Report by Surgeon-Captain Childe, I.M.S. - Part II
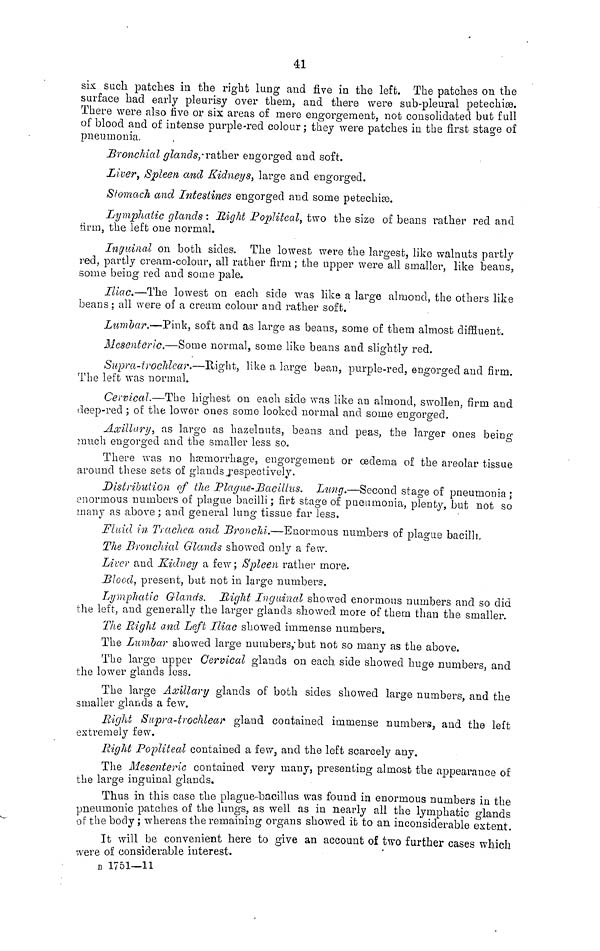
41
six: such patches in the right lung and five in the left. The patches on the
surface had early pleurisy over them, and there were sub-pleural petechiae.
There were also live or six areas of mere engorgement, not consolidated but full
of blood and of intense purple-red colour ; they were patches in the first stage of
pneumonia.
Bronchial glands,.rather engorged and soft.
Liver, Spleen and Kidneys, large and engorged.
Stomach and Intestines engorged and some petechiae.
Lymphatic glands : Might Popliteal, two the size of beans rather red and
tirm, the left one normal.
Inguinal on both sides. The lowest were the largest, like walnuts partly
red, partly cream-colour, all rather firm ; the upper were all smaller, like beans,
some being red and some pale.
Iliac.—The lowest on each side was like a large almond, the others like
beans ; all were of a cream colour and rather soft.
Lumbar.—Pink, soft and as large as beans, some of them almost diffluent.
Mesenteric.—Some normal, some like beans and slightly red.
Supra-trochlear.—Right, like a large bean, purple-red, engorged and firm.
The left was normal.
Cervical.—The highest on each side was like an almond, swollen, firm and
deep-red ; of the lower ones some looked normal and some engorged.
Axillary, as large as hazelnuts, beans and peas, the larger ones being
much engorged and the smaller less so.
There was no haemorrhage, engorgement or oedema of the areolar tissue
around these sets of glands .respectively.
Distribution of the Plague-Bacillus.
Lung.—Second stage of pneumonia ;
enormous numbers of plague bacilli ; firt stage of pneumonia, plenty, but not so
many as above ; and general lung tissue far less.
Fluid in Trachea and Bronchi.—Enormous numbers of plague bacilli,
The Bronchial Glands showed only a few.
Liver and Kidney a few; Spleen rather more.
Blood, present, but not in large numbers.
Lymphatic Glands. Bight Inguinal showed enormous numbers and so did
the left, and generally the larger glands showed more of them than the smaller.
The Right and Left Iliac showed immense numbers.
The Lumbar showed large numbers,.but not so many as the above.
The large upper Cervical glands on each side showed huge numbers, and
the lower glands less.
The large Axillary glands of both sides showed large numbers, and the
smaller glands a few.
Right Supra-trochlear gland contained immense numbers, and the left
extremely few.
Right Popliteal contained a few, and the left scarcely any.
The Mesenteric contained very many, presenting almost the appearance of
the large inguinal glands.
Thus in this case the plague-bacillus was found in enormous numbers in the
pneumonic patches of the lungs, as well as in nearly all the lymphatic glands
of the body ; whereas the remaining organs showed it to an inconsiderable extent.
It will be convenient here to give an account of two further cases which
were of considerable interest.
B 1751—11